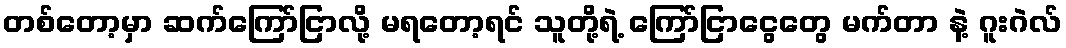
တစ်တော့မှာ ဆက်ကြော်ငြာလို့ မရတော့ရင် သူတို့ရဲ့ ကြော်ငြာငွေတွေ မက်တာ နဲ့ ဂူးဂဲလ်